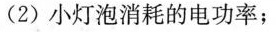
(2)小灯泡消耗的电功率；